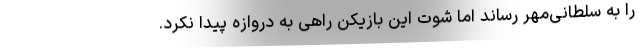
را به سلطانی‌مهر رساند اما شوت این بازیکن راهی به دروازه پیدا نکرد.